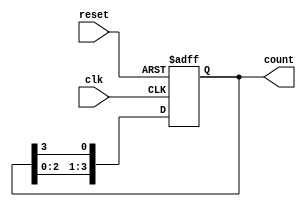
module async_ring_counter #(parameter N = 4) (
    input wire clk,          // Clock input
    input wire reset,        // Asynchronous reset input
    output reg [N-1:0] count // Output count
);

    always @(posedge clk or posedge reset) begin
        if (reset) begin
            // Initialize the counter to a known state, e.g., 0001
            count <= 1'b1; // Set the first flip-flop to 1
        end else begin
            // Shift the bits in the ring counter
            count <= {count[N-2:0], count[N-1]}; // Circular shift
        end
    end

endmodule